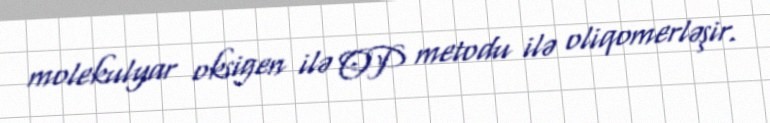
molekulyar oksigen ilə OP metodu ilə oliqomerləşir.